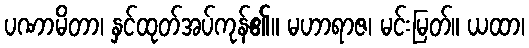
ပဏာမိတာ၊ နှင်ထုတ်အပ်ကုန်၏။ မဟာရာဇ၊ မင်းမြတ်။ ယထာ၊